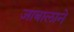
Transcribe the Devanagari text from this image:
जाबालाने